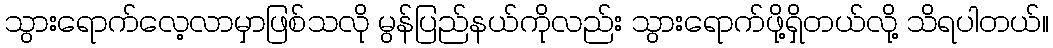
သွားရောက်လေ့လာမှာဖြစ်သလို မွန်ပြည်နယ်ကိုလည်း သွားရောက်ဖို့ရှိတယ်လို့ သိရပါတယ်။